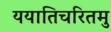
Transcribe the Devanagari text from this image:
ययातिचरितमु